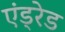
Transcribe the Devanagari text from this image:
एंड्रेड